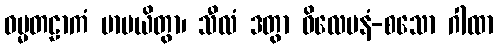
ဓမ္မတဠာကံ မာပယိတွာ၊ သီလံ ဒတွာ ဝိလေပနံ-စသော ဂါထာ